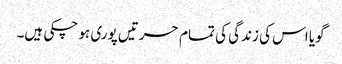
گویا اس کی زندگی کی تمام حسرتیں پوری ہو چکی ہیں۔